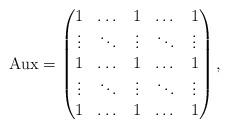
LaTeX: \begin{align*} \mbox{Aux}= \begin{pmatrix} 1& \dots & 1& \dots & 1 \\ \vdots & \ddots & \vdots & \ddots & \vdots \\ 1& \dots & 1 & \dots & 1\\ \vdots & \ddots & \vdots & \ddots & \vdots \\ 1 & \dots & 1& \dots & 1\end{pmatrix},\end{align*}